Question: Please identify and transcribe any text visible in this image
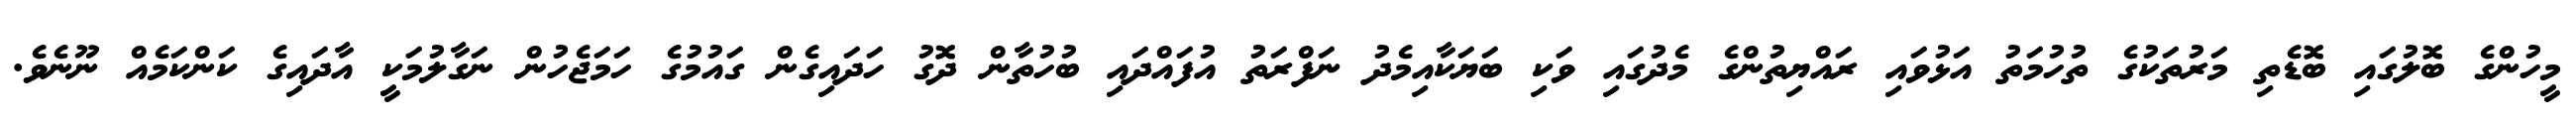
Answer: މީހުންގެ ބޮލުގައި ބޮޑެތި މަރުތަކުގެ ތުހުމަތު އަޅުވައި ރައްޔިތުންގެ މެދުގައި ވަކި ބަޔަކާއިމެދު ނަފްރަތު އުފައްދައި ބުހުތާން ދޮގު ހަދައިގެން ގައުމުގެ ހަމަޖެހުން ނަގާލުމަކީ އާދައިގެ ކަންކަމެއް ނޫނެވެ.